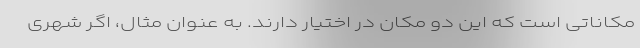
مکاناتی است که این دو مکان در اختیار دارند. به عنوان مثال، اگر شهری